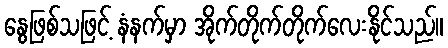
နွေဖြစ်သဖြင့် နံနက်မှာ အိုက်တိုက်တိုက်လေးနိုင်သည်။